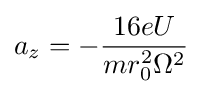
a_{z}=-{\frac {16eU}{mr_{0}^{2}\Omega ^{2}}}